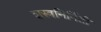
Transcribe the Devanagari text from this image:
शस्त्रनिर्मिती